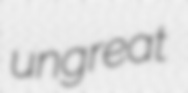
ungreat